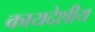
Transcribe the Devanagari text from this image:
कायदेशीय